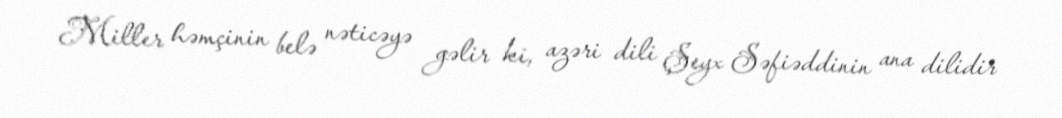
Miller həmçinin belə nəticəyə gəlir ki, azəri dili Şeyx Səfiəddinin ana dilidir